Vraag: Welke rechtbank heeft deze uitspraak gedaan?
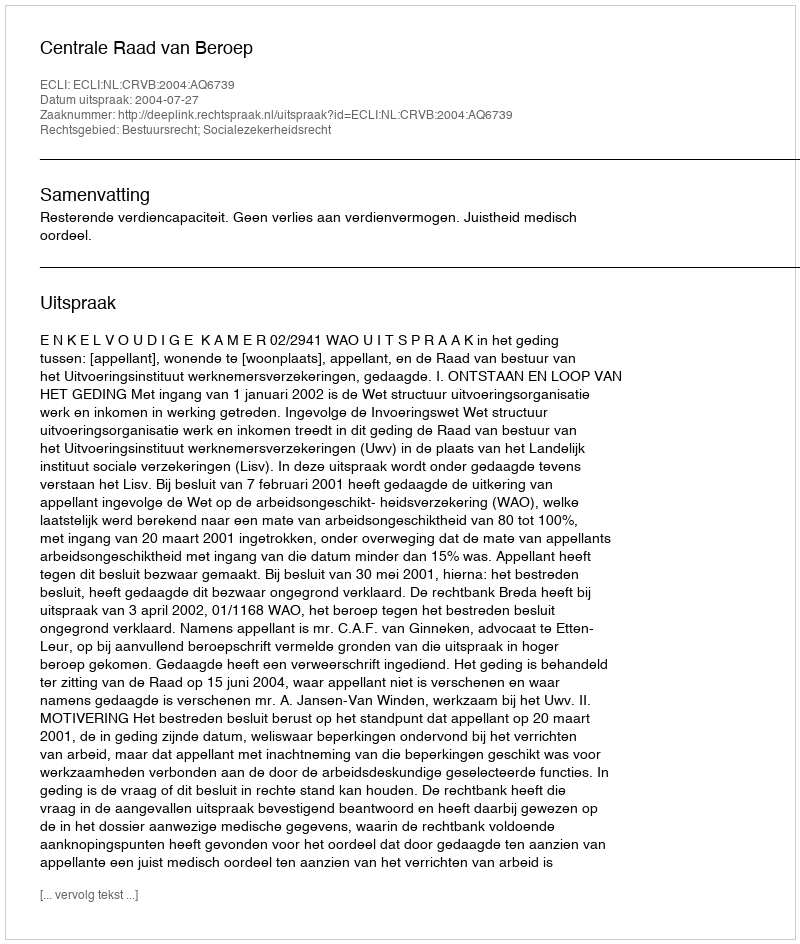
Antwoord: Centrale Raad van Beroep